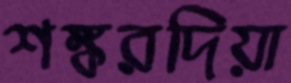
শঙ্করদিয়া